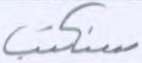
سنكتب